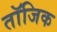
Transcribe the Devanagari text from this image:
तॉजिक